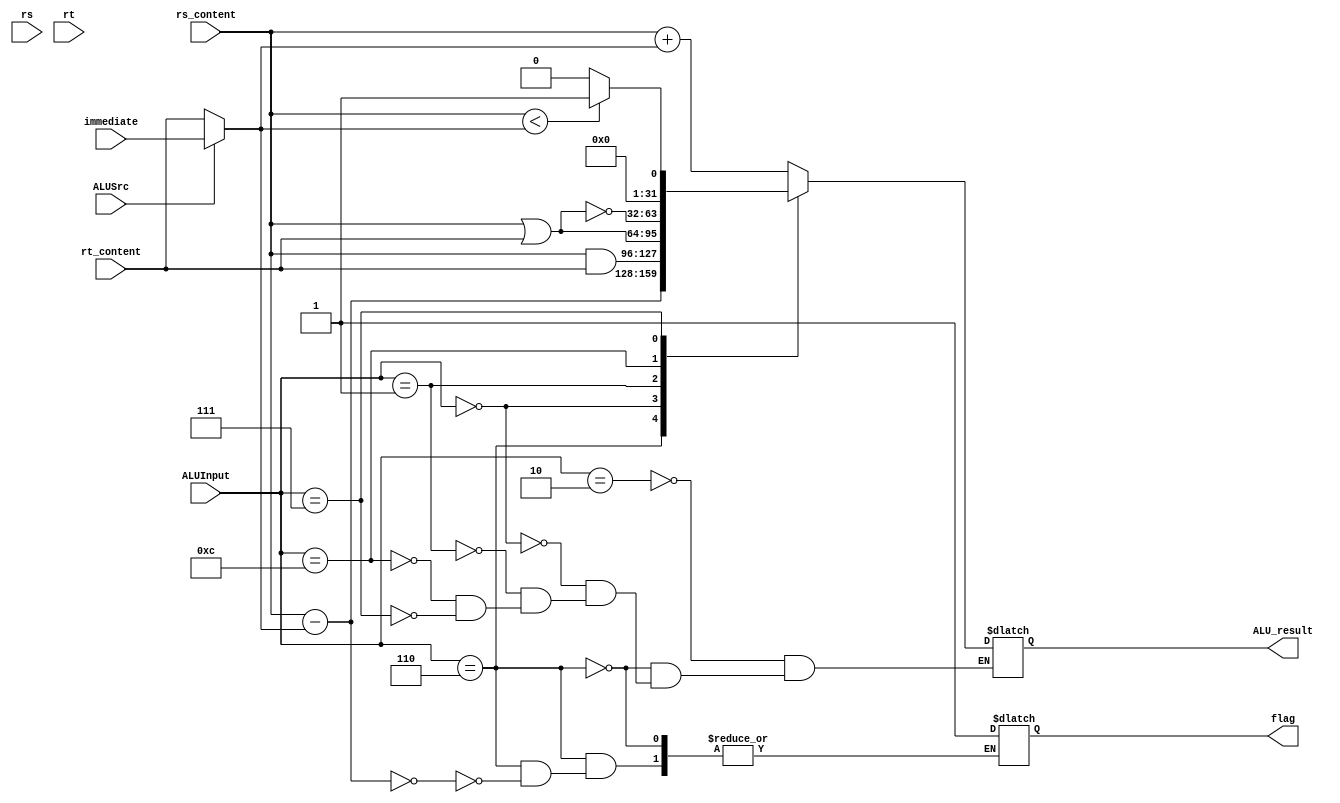
/* Module designed to act as the ALU 
*/

module ALU32bit(ALU_result, flag, rs, rt, rs_content, rt_content, immediate, ALUSrc, ALUInput);
	
    input [31:0] rs_content, rt_content; //inputs
    input [4:0] rs, rt;
	input [31:0] immediate;
	input [3:0] ALUInput;
	input ALUSrc;
    output reg flag;
    output reg [31:0] ALU_result; //Output of the ALU
	
    reg signed [31:0] signed_rs, signed_rt; 

    always @ (ALUInput, rs_content, rt_content) begin
		
		
        // Signed value assignment
        signed_rs = rs_content;
		
		//Assign second input of ALU as immediated value or rt from registers depending on ALUSrc
		if(ALUSrc) begin
			signed_rt = immediate;
		end
		else
			signed_rt = rt_content;
						
            case(ALUInput)
			
                4'b0010 : //ADD
                    begin
                    ALU_result = signed_rs + signed_rt;
                    end

                4'b0110 : //SUB - Subtract
					begin
                    ALU_result = signed_rs - signed_rt;
					if(ALU_result == 0) 
						flag = 1'b1;
					end

                4'b0000 : //AND
                    ALU_result = rs_content & rt_content;
					
                4'b0001 : //OR
                    ALU_result = rs_content | rt_content;
					
                4'b1100 : //NOR
                    ALU_result = ~(rs_content | rt_content);
					
                4'b0111 : //SLT - Set less than
                    begin
                        if(signed_rs < signed_rt) begin
                            ALU_result = 1;
                        end else begin
                            ALU_result = 0;
                        end
                    end
			
            endcase
    end

	initial begin
        $monitor("RS : %32b, RT/Immediate : %32b, Result : %32b\n", rs_content, signed_rt, ALU_result);
    end
	
endmodule